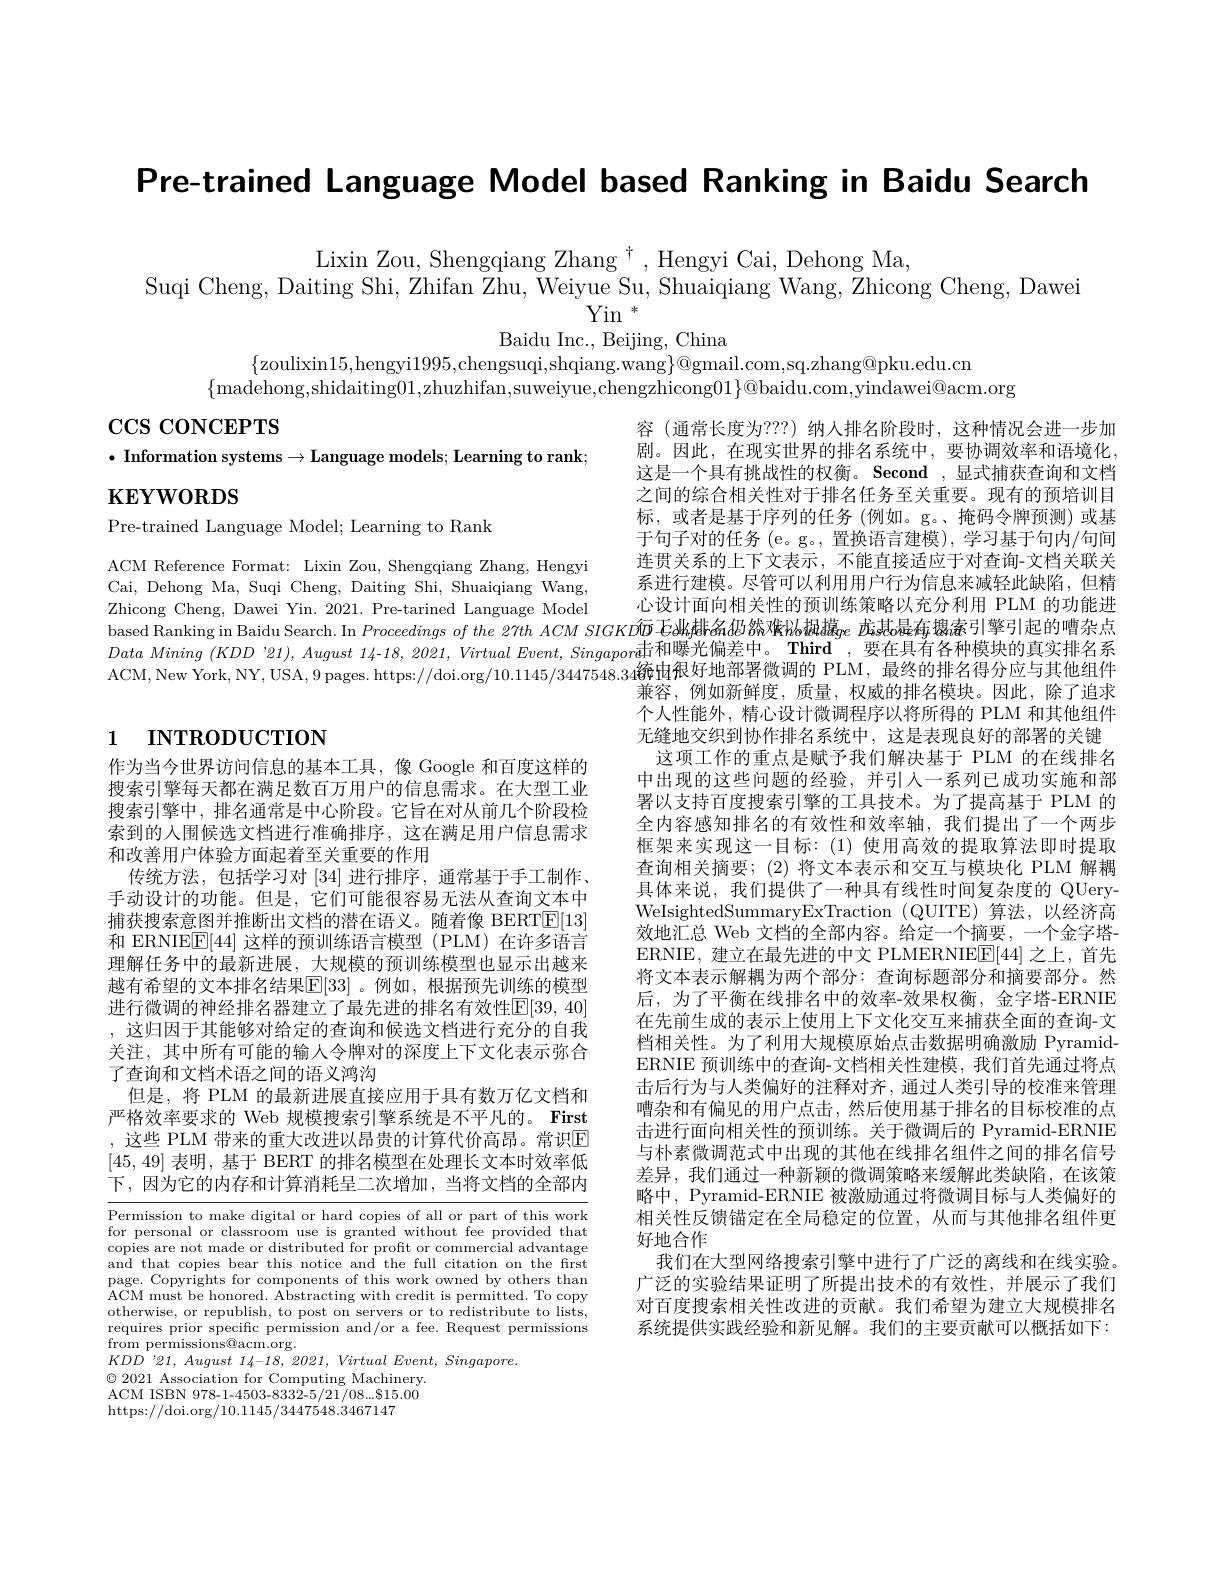
Pre-trained Language Model based Ranking in Baidu Search

Lixin Zou, Shengqiang Zhang $^\dagger$, Hengyi Cai, Dehong Ma,
Suqi Cheng, Daiting Shi, Zhifan Zhu, Weiyue Su, Shuaiqiang Wang, Zhicong Cheng, Dawei
$\mathrm{Yin}^{*}$

Baidu Inc., Beijing, China
$\{$zoulixin15,hengyi1995,chengsuqi,shqiang.wang$\}\textcircled{\mathrm{ogmail.com,sq.zhang@pku.edu.cn}}$
$\{$madehong,shidaiting01,zhuzhifan,suweiyue,chengzhicong$01\}@$baidu.com,yindawei@acm.org

$\cos\cos\cos$CEPTS

$\bullet$ Information systems$\to$Language models; Learning to rank;

$\mathbf{KEYWORDS}$

Pre-trained Language Model; Learning to Rank

连贯关系的上下文表示，不能直接适应于对查询-文档关联关
ACM Reference Format: Lixin Zou, Shengqiang Zhang, Hengyi
系进行建模。尽管可以利用用户行为信息来减轻此缺陷，但精
Cai, Dehong Ma, Suqi Cheng, Daiting Shi, Shuaiqiang Wang,
心设计面向相关性的预训练策略以充分利用 PLM 的功能进
Zhicong Cheng, Dawei Yin. 2021. Pre-tarined Language Model
based Ranking in Baidu Search. In Proccedings of the 27th ACM SIGKD面 E冰排备仍然难以胡擖$ge$ 龙淇o是存趨索引擎引起的嘈杂点Data Mining $(KDD^{\prime}?21),August$ 14-18, 2021, Virtual Event, Singapord 击和曝光偏差中。Third , 要在具有各种模块的真实排名系ANM N V N N N V H O $A=0.411.45\times0.3$ 統由很好地部署微调的 P ACM,New York, NY, USA, 9 pages. https; //doi.org/ 10.1145/3447548.34統由很好地部署微调的 PLM, 最终的排名得分应与其他组件
兼容，例如新鲜度，质量，权威的排名模块。因此，除了追求

# 1 INTRODUCTION

容 (通常长度为？??) 纳人排名阶段时，这种情况会进一步加剧。因此，在现实世界的排名系统中，要协调效率和语境化， 这是一个具有挑战性的权衡。Second ,显式捕获查询和文档之间的综合相关性对于排名任务至关重要。现有的预培训目标，或者是基于序列的任务(例如。g。、掩码令牌预测)或基于句子对的任务(e。g。, 置换语言建模), 学习基于句内/句间个人性能外，精心设计微调程序以将所得的 PLM 和其他组件无缝地交织到协作排名系统中，这是表现良好的部署的关键这项工作的重点是赋予我们解决基于 PLM 的在线排名中出现的这些问题的经验，并引人一系列已成功实施和部署以支持百度搜索引擎的工具技术。为了提高基于 PLM 的全内容感知排名的有效性和效率轴，我们提出了一个两步框架来实现这一目标：(1)使用高效的提取算法即时提取查询相关摘要；(2)将文本表示和交互与模块化 PLM 解耦具体来说，我们提供了一种具有线性时间复杂度的 QUeryWeIsightedSummaryExTraction (QUITE)算法，以经济高效地汇总 Web 文档的全部内容。给定一个摘要，一个金字塔ERNIE, 建立在最先进的中文 PLMERNIE$\underline{\mathrm{F}}[44]$之上，首先将文本表示解耦为两个部分：查询标题部分和摘要部分。然后，为了平衡在线排名中的效率-效果权衡，金字塔-ERNIE 在先前生成的表示上使用上下文化交互来捕获全面的查询-文档相关性。为了利用大规模原始点击数据明确激励 PyramidERNIE 预训练中的查询-文档相关性建模，我们首先通过将点击后行为与人类偏好的注释对齐，通过人类引导的校准来管理嘈杂和有偏见的用户点击，然后使用基于排名的目标校准的点击进行面向相关性的预训练。关于微调后的 Pyramid-ERNIE 与朴素微调范式中出现的其他在线排名组件之间的排名信号差异，我们通过一种新颖的微调策略来缓解此类缺陷，在该策略中，Pyramid-ERNIE 被激励通过将微调目标与人类偏好的相关性反馈锚定在全局稳定的位置，从而与其他排名组件更好地合作
我们在大型网络搜索引擎中进行了广泛的离线和在线实验。广泛的实验结果证明了所提出技术的有效性，并展示了我们对百度搜索相关性改进的贡献。我们希望为建立大规模排名系统提供实践经验和新见解。我们的主要贡献可以概括如下：

作为当今世界访问信息的基本工具，像 Google 和百度这样的搜索引擎每天都在满足数百万用户的信息需求。在大型工业搜索引擎中，排名通常是中心阶段。它旨在对从前几个阶段检索到的人围候选文档进行准确排序，这在满足用户信息需求和改善用户体验方面起着至关重要的作用
传统方法，包括学习对[34]进行排序，通常基于手工制作、 手动设计的功能。但是，它们可能很容易无法从查询文本中捕获搜索意图并推断出文档的潜在语义。随着像 BERT$\boxed{\mathrm{E}}[13]$ 和 ERNIE$\underline{\mathrm{E}}[44]$这样的预训练语言模型 (PLM)在许多语言理解任务中的最新进展，大规模的预训练模型也显示出越来越有希望的文本排名结果$\mathbb{E}[33]$ 。例如，根据预先训练的模型进行微调的神经排名器建立了最先进的排名有效性$\overline{\mathbb{E}}[39,40]$ ,这归因于其能够对给定的查询和候选文档进行充分的自我关注，其中所有可能的输入令牌对的深度上下文化表示弥合了查询和文档术语之间的语义鸿沟
但是，将 PLM 的最新进展直接应用于具有数万亿文档和严格效率要求的 Web 规模搜索引擎系统是不平凡的。First ,这些 PLM 带来的重大改进以昂贵的计算代价高昂。常识$\overline{\mathrm{E}}$ [45,49]表明，基于 BERT 的排名模型在处理长文本时效率低下，因为它的内存和计算消耗呈二次增加，当将文档的全部内

Permission to make digital or hard copies of all or part of this work for personal or classroom use is granted without fee provided that copies are not made or distributed for profit or commercial advantage and that copies bear this notice and the full citation on the frst page. Copyrights for components of this work owned by others than ACM must be honored. Abstracting with credit is permitted. To copy otherwise, or republish, to post on servers or to redistribute to lists, requires prior specific permission and/or a fee. Request permissions from permissions@acm.org.
$KDD$ '21, August 14-18, 2021, Virtual Event, Singapore.
$\textcircled{2}2021$ Association for Computing Machinery. ACM ISBN 978-1-4503-8332-5/21/08...815.00 https://doi.org/10.1145/3447548.3467147